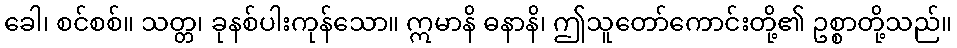
ခေါ၊ စင်စစ်။ သတ္တ၊ ခုနစ်ပါးကုန်သော။ ဣမာနိ ဓနာနိ၊ ဤသူတော်ကောင်းတို့၏ ဥစ္စာတို့သည်။